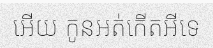
អើយ កូនអត់កើតអីទេ